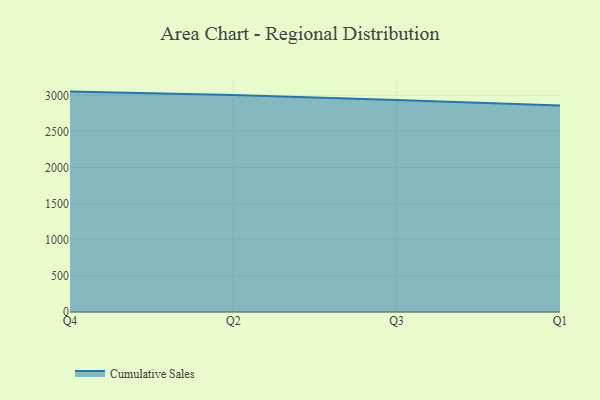
{"axis": {"x": "Quarter", "y": "Customer Acquisition Cost (USD)"}, "legend": ["Cumulative Sales"], "data": [{"x": "Q4", "y": 3051.3, "type": "Cumulative Sales"}, {"x": "Q2", "y": 3005.5, "type": "Cumulative Sales"}, {"x": "Q3", "y": 2936.6, "type": "Cumulative Sales"}, {"x": "Q1", "y": 2857.2, "type": "Cumulative Sales"}]}